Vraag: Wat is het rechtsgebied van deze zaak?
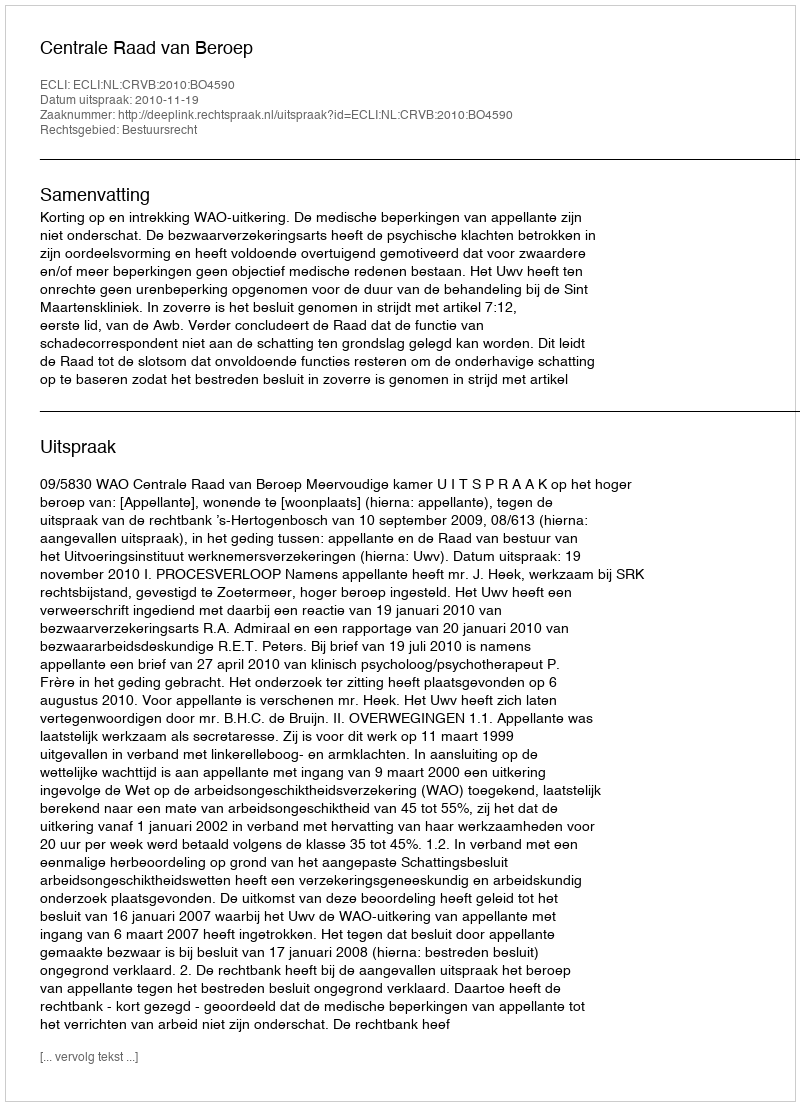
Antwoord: Bestuursrecht